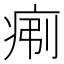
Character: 𪽯